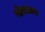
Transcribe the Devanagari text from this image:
पोखराना